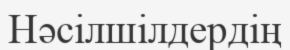
Нәсілшілдердің